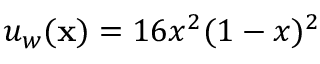
u _ { w } ( \mathbf { x } ) = 1 6 x ^ { 2 } ( 1 - x ) ^ { 2 }